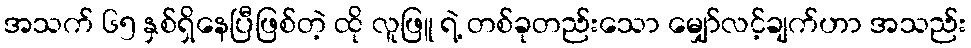
အသက် ၆၅ နှစ်ရှိနေပြီဖြစ်တဲ့ ထို လူဖြူ ရဲ့ တစ်ခုတည်းသော မျှော်လင့်ချက်ဟာ အသည်း